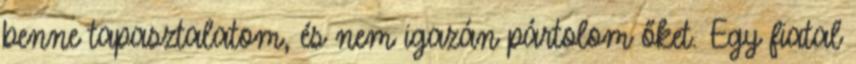
benne tapasztalatom, és nem igazán pártolom őket. Egy fiatal